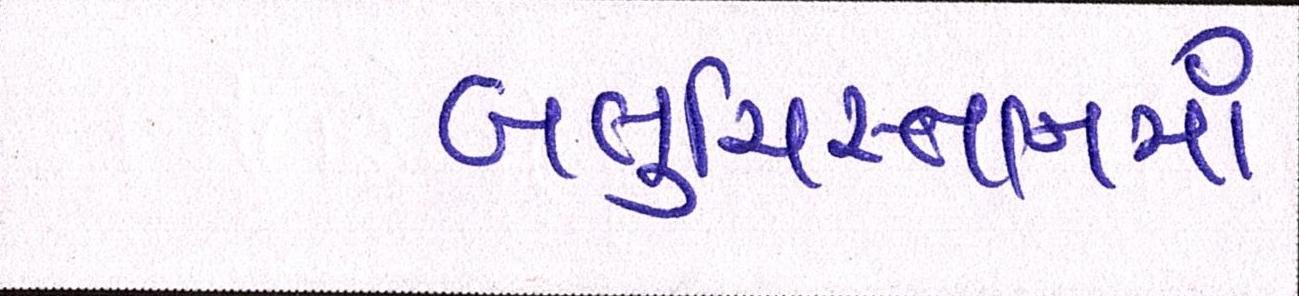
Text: બલુચિસ્તાનમાં